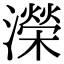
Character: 濚